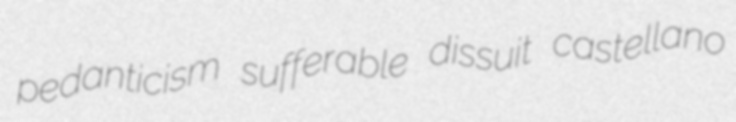
pedanticism sufferable dissuit castellano